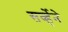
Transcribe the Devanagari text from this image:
सर्व्हेने